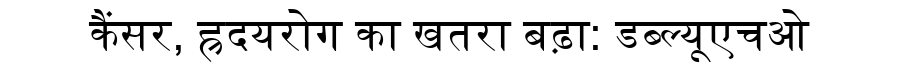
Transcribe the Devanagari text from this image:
कैंसर, ह्रदयरोग का खतरा बढ़ा: डब्ल्यूएचओ